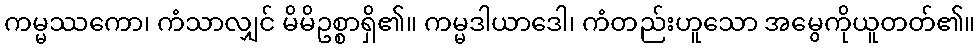
ကမ္မဿကော၊ ကံသာလျှင် မိမိဥစ္စာရှိ၏။ ကမ္မဒါယာဒေါ၊ ကံတည်းဟူသော အမွေကိုယူတတ်၏။